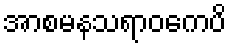
အာစမနသရာဝကေပိ